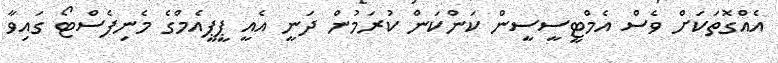
އެއްގޮތަކަށް ވެސް އެމްޓީސީސީން ކަންކަން ކުރަމުން ދަނީ އެއީ ޕީޕީއެމްގެ މެނިފެސްޓޯ ގައިވާ